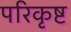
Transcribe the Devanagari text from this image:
परिकृष्ट